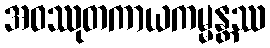
အဝဿုတကာယကမ္မန္တဿ